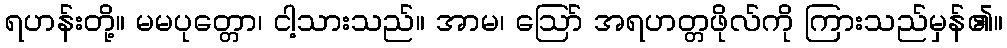
ရဟန်းတို့။ မမပုတ္တော၊ ငါ့သားသည်။ အာမ၊ ဩော် အရဟတ္တဖိုလ်ကို ကြားသည်မှန်၏။